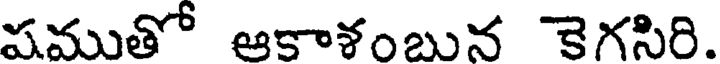
షముతో ఆకాళంబున కెగసిరి.